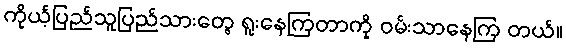
ကိုယ့်ပြည်သူပြည်သားတွေ ရူးနေကြတာကို ဝမ်းသာနေကြ တယ်။